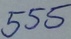
Text: 555